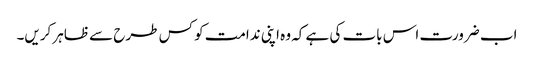
اب ضرورت اس بات کی ہے کہ وہ اپنی ندامت کو کس طرح سے ظاہر کریں۔